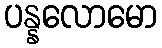
ပန္နလောမော